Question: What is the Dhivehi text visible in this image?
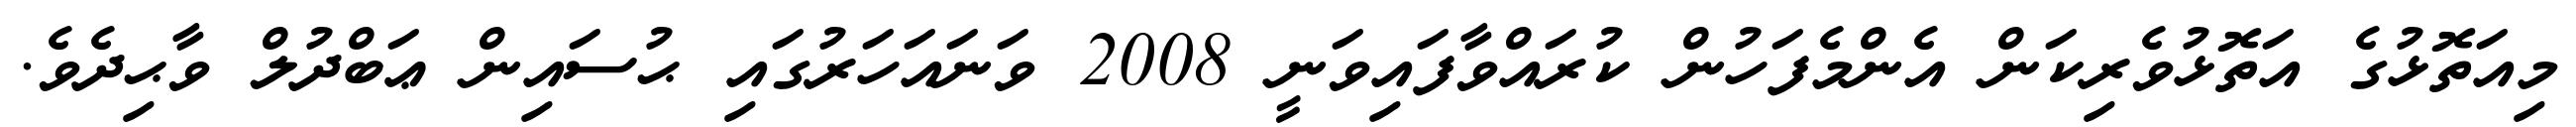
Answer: މިއަތޮޅުގެ އަތޮޅުވެރިކަން އެންމެފަހުން ކުރައްވާފައިވަނީ 2008 ވަނައަހަރުގައި ޙުސައިން ޢަބްދުލް ވާޙިދެވެ.